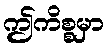
ဤကိစ္စမှာ